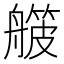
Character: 𬜛